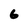
Character: 6